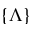
\{ \Lambda \}